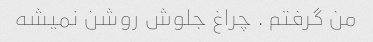
من گرفتم . چراغ جلوش روشن نمیشه